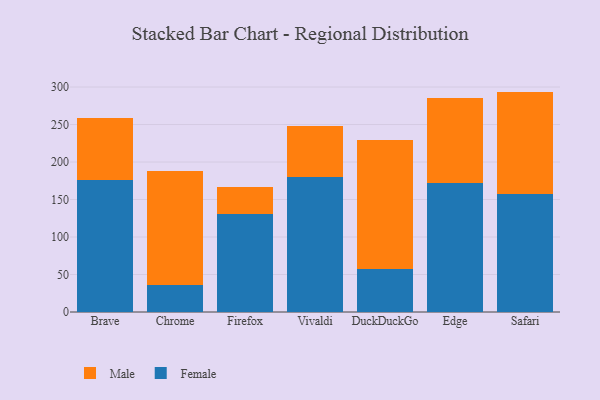
{"axis": {"x": "Browser", "y": "Website Visitors"}, "legend": ["Female", "Male"], "data": [{"x": "Brave", "y": 176.0, "type": "Female"}, {"x": "Brave", "y": 82.4, "type": "Male"}, {"x": "Chrome", "y": 36.1, "type": "Female"}, {"x": "Chrome", "y": 152.0, "type": "Male"}, {"x": "Firefox", "y": 131.0, "type": "Female"}, {"x": "Firefox", "y": 35.6, "type": "Male"}, {"x": "Vivaldi", "y": 179.8, "type": "Female"}, {"x": "Vivaldi", "y": 67.9, "type": "Male"}, {"x": "DuckDuckGo", "y": 56.9, "type": "Female"}, {"x": "DuckDuckGo", "y": 172.3, "type": "Male"}, {"x": "Edge", "y": 171.8, "type": "Female"}, {"x": "Edge", "y": 113.7, "type": "Male"}, {"x": "Safari", "y": 157.2, "type": "Female"}, {"x": "Safari", "y": 136.7, "type": "Male"}]}